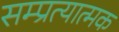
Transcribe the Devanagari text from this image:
सम्प्रत्यात्मक